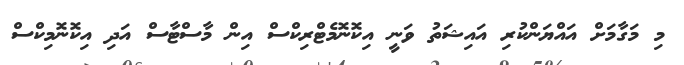
މި މަގާމަށް އައްޔަންކުރި އައިޝަތު ވަނީ އިކޮނޮމެޓްރިކްސް އިން މާސްޓާސް އަދި އިކޮނޮމިކްސް